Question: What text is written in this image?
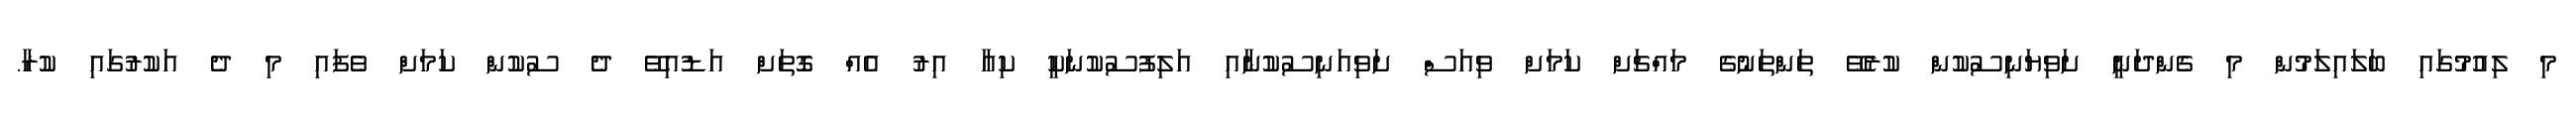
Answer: މި ލިއުމުގައި ބަލައިލަމުން މި ގެންދަނީ ށަވިޔަނިސުކުން ކުރެވޭ ތަންތަނުގެ މައްޗަށް ކަމަށް ވިއަސް ށަވިއަނިސުކުނާއި އަލިފުސުކުނަކީ ކިއާ އިރު އެއް ގޮތަށް އަޑުއިވޭ ދެ ސުކުން ކަމަށް ވެފައި މި ދެ އަކުރުގައި ކުރާ.